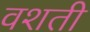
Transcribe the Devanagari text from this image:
वशती